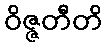
ဝိဇ္ဇတီတိ